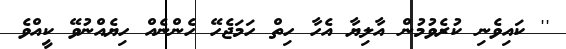
'' ކައިވެނި ކުރެވުމުން އާލިޔާ އެހާ ހިތް ހަމަޖެހޭ ހެންނެއް ހިޔެއްނުވޭ ކީއްވެ